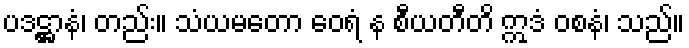
ပဒဋ္ဌာနံ၊ တည်း။ သံယမတော ဝေရံ န စီယတီတိ ဣဒံ ဝစနံ၊ သည်။